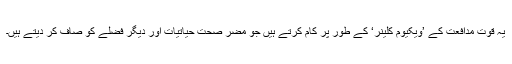
یہ قوت مدافعت کے ’ویکیوم کلینر‘ کے طور پر کام کرتے ہیں جو مضر صحت حیاتیات اور دیگر فضلے کو صاف کر دیتے ہیں۔